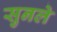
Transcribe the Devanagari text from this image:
सुनले